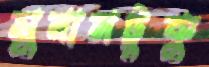
সুনামটুকু